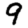
Digit: 9